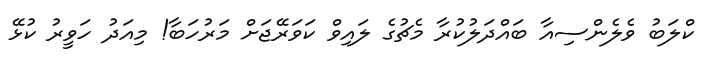
ކްލަބު ވެލެންސިއާ ބައްދަލުކުރާ މެޗުގެ ލައިވް ކަވަރޭޖަށް މަރުހަބާ! މިއަދު ހަވީރު ކުޅޭ